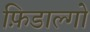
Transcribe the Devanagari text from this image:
फ़िडाल्गो